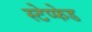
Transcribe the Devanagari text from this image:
स्टेप्फेड